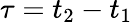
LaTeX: \tau=t_{2}-t_{1}